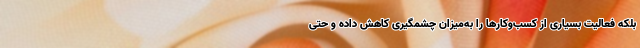
بلکه فعالیت بسیاری از کسب‌وکارها را به‌میزان چشمگیری کاهش داده و حتی